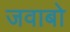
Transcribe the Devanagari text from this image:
जवाबो